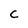
Character: C